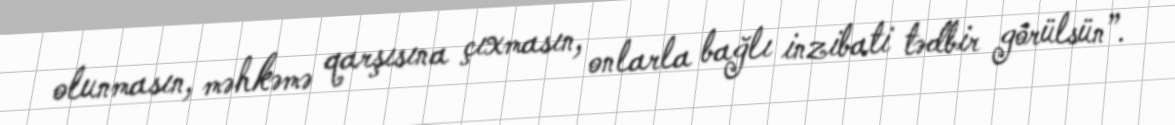
olunmasın, məhkəmə qarşısına çıxmasın, onlarla bağlı inzibati tədbir görülsün”.